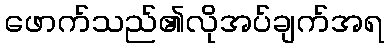
ဖောက်သည်၏လိုအပ်ချက်အရ